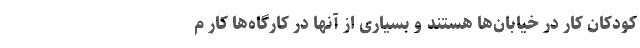
کودکان کار در خیابان‌ها هستند و بسیاری از آنها در کارگاه‌ها کار م